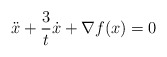
\begin{align*} \ddot{x} + \frac{3}{t} \dot{x} + \nabla f(x) = 0 \end{align*}